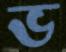
ভ